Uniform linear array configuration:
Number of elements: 48
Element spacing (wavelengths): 1
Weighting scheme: binomial
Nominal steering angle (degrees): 45
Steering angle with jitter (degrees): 46.114
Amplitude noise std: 0.05
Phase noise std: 0.05

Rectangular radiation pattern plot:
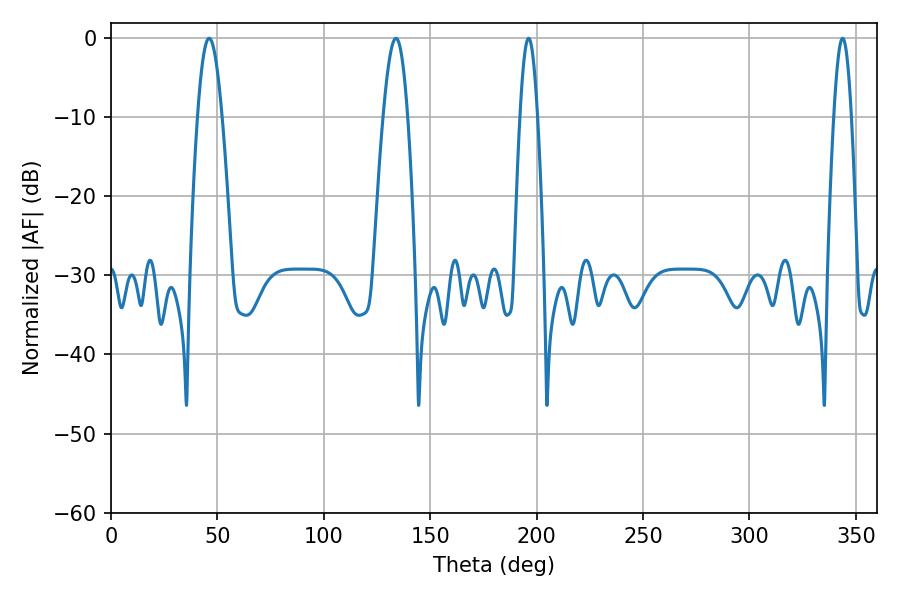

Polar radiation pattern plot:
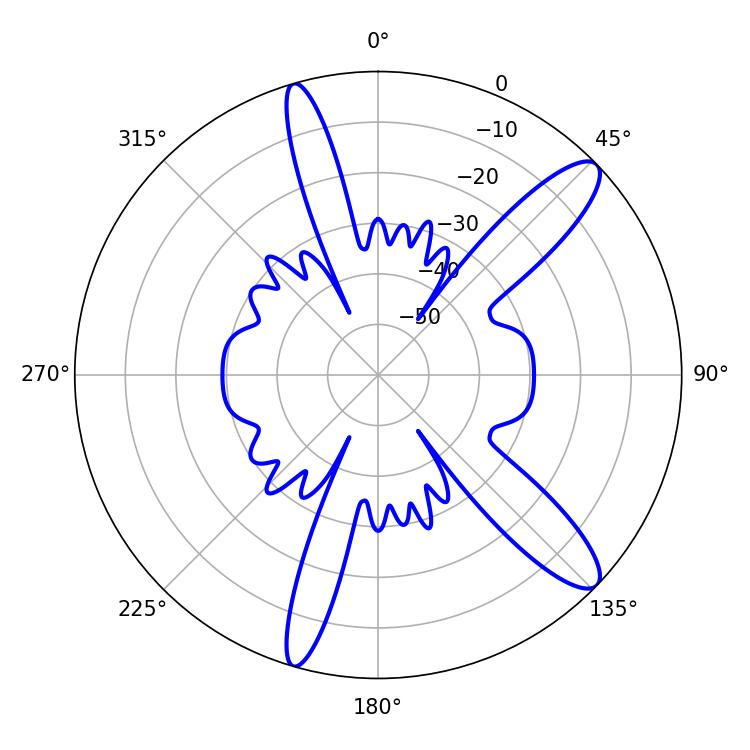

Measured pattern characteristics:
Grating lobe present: TRUE
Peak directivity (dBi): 12.106
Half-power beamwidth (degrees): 6.3
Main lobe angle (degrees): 46.08